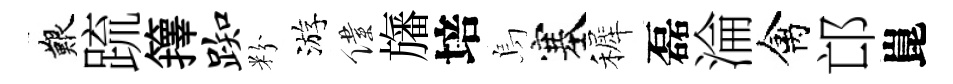
艱䟽籜踟粉游僕旛培烏塞裤磊淪禽邙崑